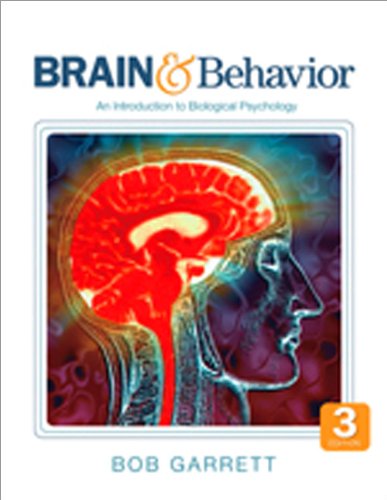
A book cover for Brain & Behavior: An Introduction to Biological Psychology; Bob L. Garrett; Medical Books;